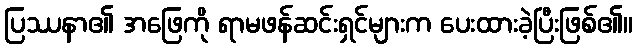
ပြဿနာ၏ အဖြေကို ရာမဖန်ဆင်းရှင်များက ပေးထားခဲ့ပြီးဖြစ်၏။